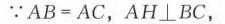
\((3)\quad(1 + \sqrt{2})^{2012}(1 - \sqrt{2})^{2013}\)